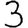
Digit: 3